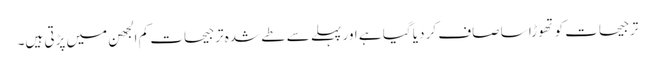
ترجیحات کو تھوڑا سا صاف کر دیا گیا ہے اور پہلے سے طے شدہ ترجیحات کم الجھن میں پڑتی ہیں۔